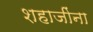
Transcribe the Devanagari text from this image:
शहाजींना